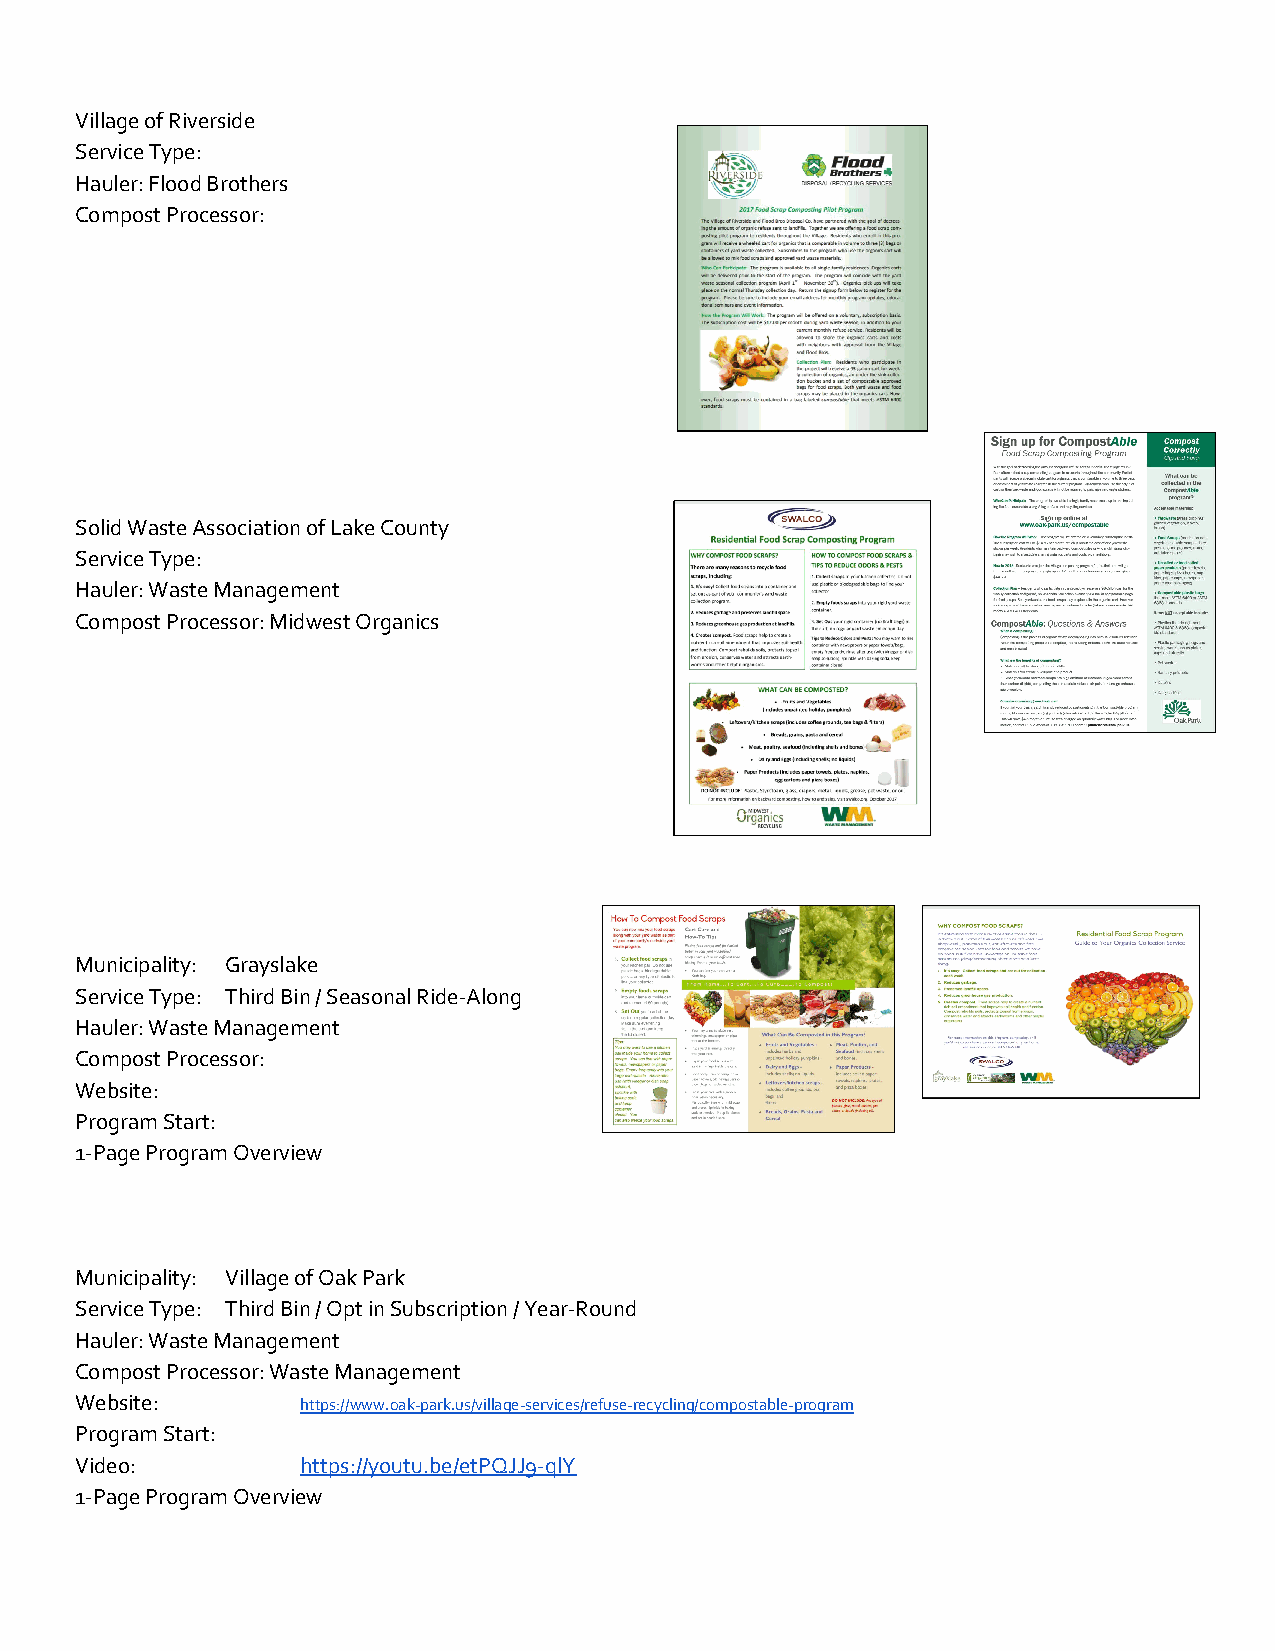
Village of Riverside
 Service Type:
 Hauler: Flood Brothers
 Compost Processor:
 Solid Waste Association of Lake County
 Service Type:
 Hauler: Waste Management
 Compost Processor: Midwest Organics
 Municipality: Grayslake
 Service Type: Third Bin / Seasonal Ride-Along
 Hauler: Waste Management
 Compost Processor:
 Website:
 Program Start:
 1-Page Program Overview
 Municipality: Village of Oak Park
 Service Type: Third Bin / Opt in Subscription / Year-Round
 Hauler: Waste Management
 Compost Processor: Waste Management
 Website:       https://www.oak-park.us/village-services/refuse-recycling/compostable-program
 Program Start:
 Video:         https://youtu.be/etPQJJ9-qlY
 1-Page Program Overview